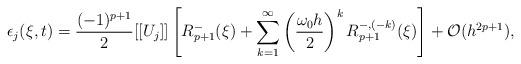
LaTeX: \begin{align*}\epsilon_j(\xi, t) = \frac{(-1)^{p+1}}{2} [[U_j]] \left[ R^-_{p+1}(\xi) + \sum_{k=1}^\infty \left(\frac{\omega_{0} h}{2}\right)^k R^{-,(-k)}_{p+1}(\xi) \right] + \mathcal{O}(h^{2p+1}),\end{align*}